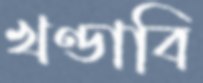
খণ্ডাবি